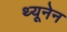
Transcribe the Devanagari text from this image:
थ्यूनेन